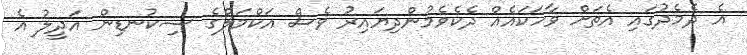
އެ ދެމެދުގައި އެތަށް ވާހަކައެއް ދެކެވެމުންދިޔައިރު ވެސް އަކްމަލްގެ ސިކުނޑިން އަދީލު އެ